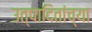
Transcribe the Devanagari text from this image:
उत्पादितांच्या